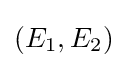
(E_{1},E_{2})